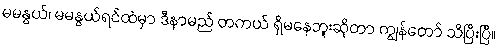
မမနွယ်၊ မမနွယ်ရင်ထဲမှာ ဒီနာမည် တကယ် ရှိမနေဘူးဆိုတာ ကျွန်တော် သိပြီးပြီ။